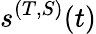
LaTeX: s^{(T,S)}(t)